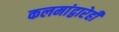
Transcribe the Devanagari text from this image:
कलमांद्वारेही